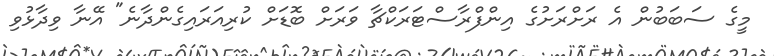
މީގެ ސަބަބުން އެ ރަށްރަށުގެ އިންފްރާސްޓަރަކްޗާ ވަރަށް ބޮޑަށް ކުރިއަރައިގެންދާނެ" އޭނާ ވިދާޅުވި